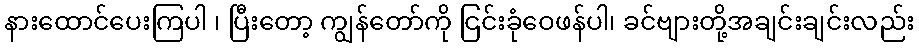
နားထောင်ပေးကြပါ ၊ ပြီးတော့ ကျွန်တော်ကို ငြင်းခုံဝေဖန်ပါ၊ ခင်ဗျားတို့အချင်းချင်းလည်း